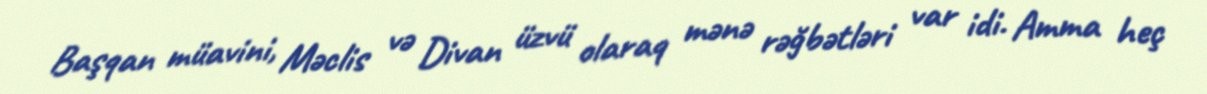
Başqan müavini, Məclis və Divan üzvü olaraq mənə rəğbətləri var idi. Amma heç